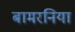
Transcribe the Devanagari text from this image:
बामरनिया